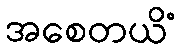
အစေတယိံ